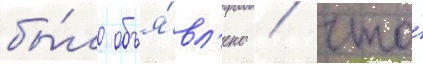
бы́ло объя́вл'ено / что́